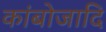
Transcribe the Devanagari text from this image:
कांबोजादि